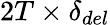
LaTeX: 2T\times\delta_{del}